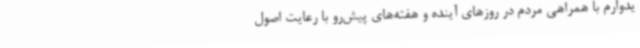
یدوارم با همراهی مردم در روزهای آینده و هفته‌های پیش‌رو با رعایت اصول